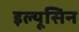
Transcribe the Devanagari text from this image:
इल्यूसिन